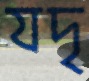
যদৃ